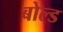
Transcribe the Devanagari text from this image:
बोल्‍ड